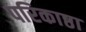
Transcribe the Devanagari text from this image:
परिकाष्ठा